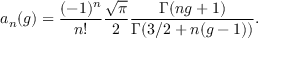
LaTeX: a _ { n } ( g ) = \frac { ( - 1 ) ^ { n } } { n ! } \frac { \sqrt { \pi } } { 2 } \frac { \Gamma ( n g + 1 ) } { \Gamma ( 3 / 2 + n ( g - 1 ) ) } .